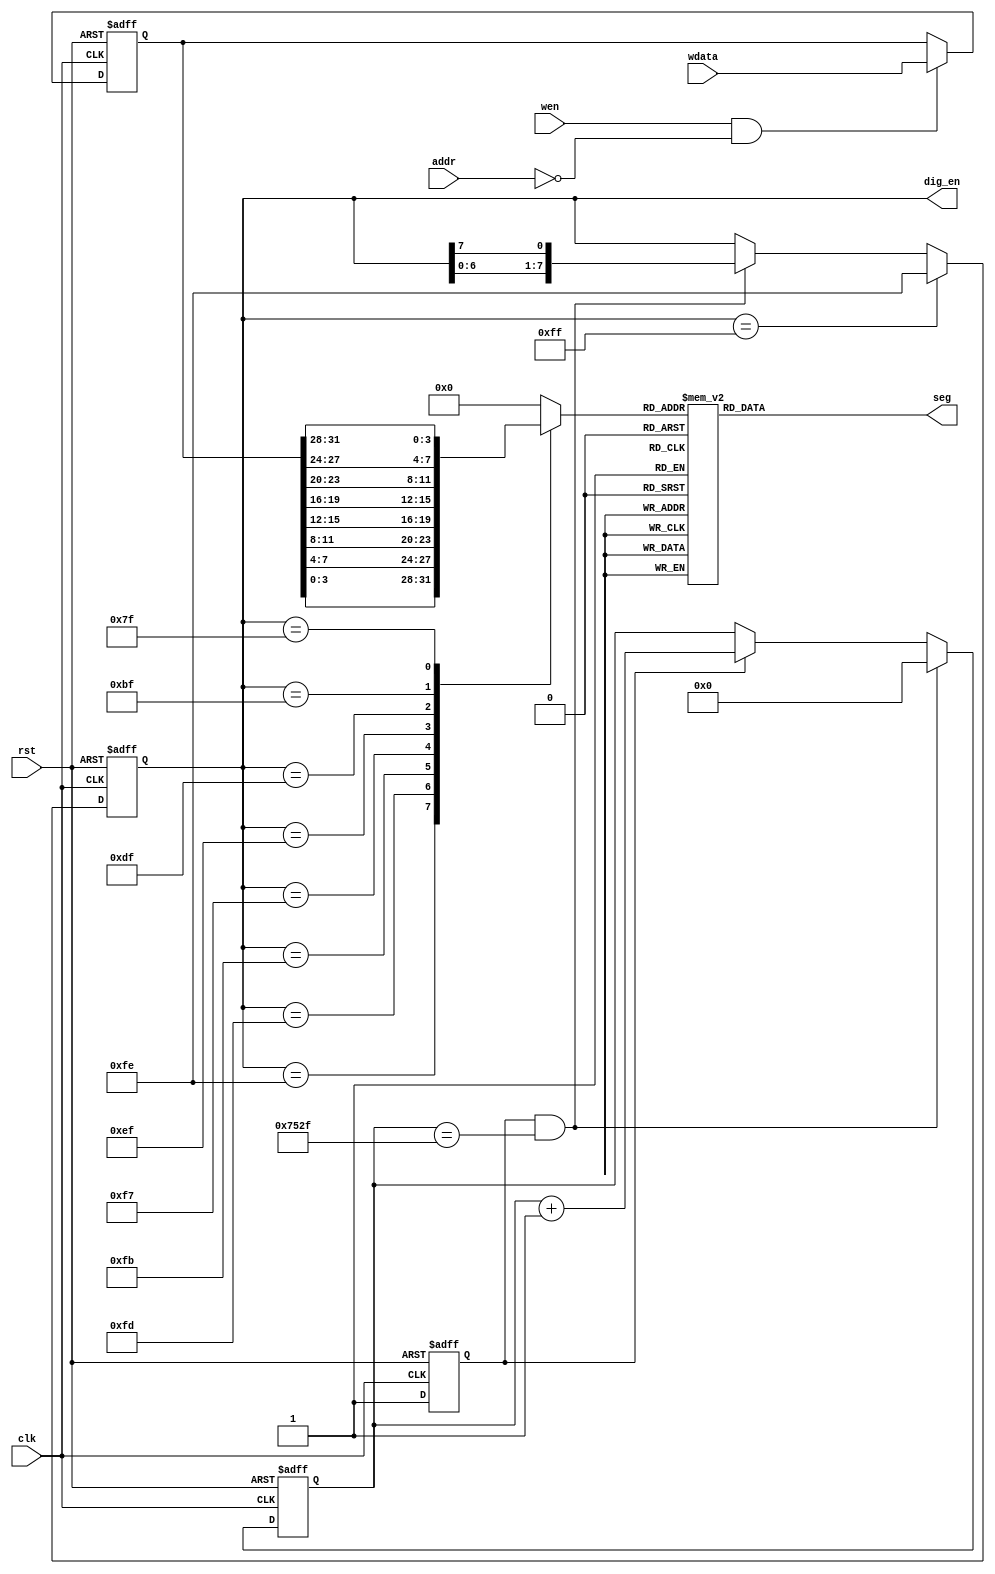
`timescale 1ns/1ps

module interface_digit (
    input wire rst,
    input wire clk,
    input wire [11:0] addr,
    input wire wen,
    input wire [31:0] wdata,
    output reg [7:0] dig_en,
    output reg [7:0] seg
);

reg [14:0] cnt;
reg cnt_inc;        //
wire cnt_end;       //
reg [3:0] data;
reg [31:0] wD;

assign cnt_end = cnt_inc & (cnt == 29999);

always @(posedge clk or posedge rst) begin
    if (rst)
        cnt_inc <= 1'b0;
    else 
        cnt_inc <= 1'b1;
end

always @(posedge clk or posedge rst) begin
    if (rst)
        cnt <= 15'b0;
    else if (cnt_end)
        cnt <= 15'b0;
    else if (cnt_inc)
        cnt <= cnt + 15'b1;
    else
        cnt <= cnt;
end

always @(posedge clk or posedge rst) begin
    if (rst)
        dig_en <= 8'b11111111;
    else if (dig_en == 8'b11111111)
        dig_en <= 8'b11111110;
    else if (cnt_end)
        dig_en <= {dig_en[6:0],dig_en[7]};
    else
        dig_en <= dig_en;
end

always @(posedge clk or posedge rst) begin
    if (rst)
        wD <= 32'b0;
    else if (wen && addr == 12'h000)
        wD <= wdata;
    else 
        wD <= wD;
end

always @(*) begin  
    case (dig_en)
        8'b11111110 : data = wD[3:0];
        8'b11111101 : data = wD[7:4];
        8'b11111011 : data = wD[11:8];
        8'b11110111 : data = wD[15:12];
        8'b11101111 : data = wD[19:16];
        8'b11011111 : data = wD[23:20];
        8'b10111111 : data = wD[27:24];
        8'b01111111 : data = wD[31:28]; 
        default: data = 4'b0;
    endcase    
end

always @(*) begin
    case (data)
        4'b0000 : seg = 8'b00000011;
        4'b0001 : seg = 8'b10011111;
        4'b0010 : seg = 8'b00100101;
        4'b0011 : seg = 8'b00001101;
        4'b0100 : seg = 8'b10011001;
        4'b0101 : seg = 8'b01001001;
        4'b0110 : seg = 8'b01000001;
        4'b0111 : seg = 8'b00011111;
        4'b1000 : seg = 8'b00000001;
        4'b1001 : seg = 8'b00011001;
        4'b1010 : seg = 8'b00010001;
        4'b1011 : seg = 8'b11000001;
        4'b1100 : seg = 8'b11100101;
        4'b1101 : seg = 8'b10000101;
        4'b1110 : seg = 8'b01100001;
        4'b1111 : seg = 8'b01110001;
        default : seg = 8'b11111111;
    endcase
end

endmodule